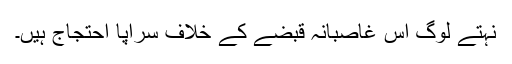
نہتے لوگ اس غاصبانہ قبضے کے خلاف سراپا احتجاج ہیں۔